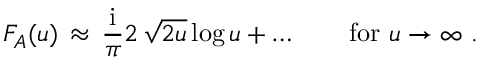
F _ { A } ( u ) \, \approx \, { \frac { \mathrm { i } } { \pi } } 2 \, \sqrt { 2 u } \, \mathrm { l o g } \, u + \ldots \qquad \mathrm { f o r ~ } u \to \infty \ .